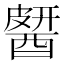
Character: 𨡶